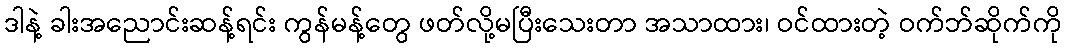
ဒါနဲ့ ခါးအညောင်းဆန့်ရင်း ကွန်မန့်တွေ ဖတ်လို့မပြီးသေးတာ အသာထား၊ ဝင်ထားတဲ့ ဝက်ဘ်ဆိုက်ကို